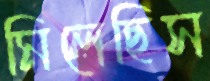
মিলেছিস